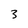
Character: 3